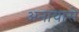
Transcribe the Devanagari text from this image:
अनायासे